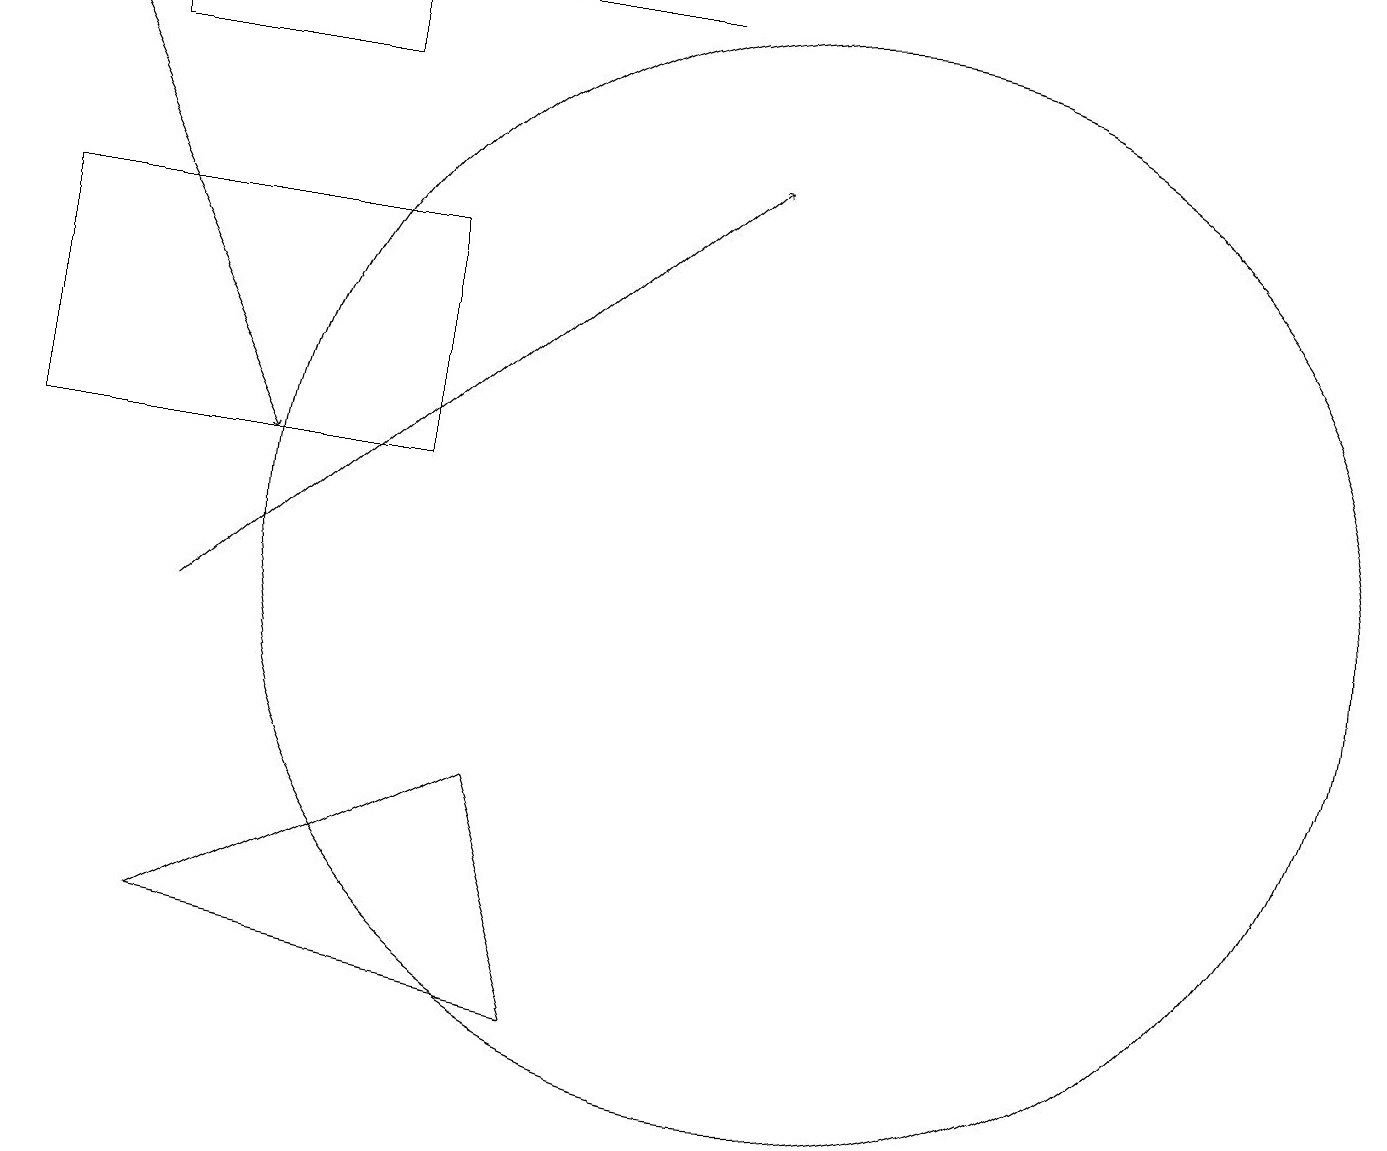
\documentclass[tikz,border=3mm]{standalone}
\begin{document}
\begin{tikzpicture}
\draw (5,15) rectangle (0,12);
\draw (10,11) circle (7);
\draw[->] (2,10) -- (9,16);
\draw (1,17) rectangle (4,18);
\draw (0,18) rectangle (8,18);
\draw[->] (0,18) -- (3,12);
\draw (7,5) -- (2,6) -- (6,8) -- cycle;
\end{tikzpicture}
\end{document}